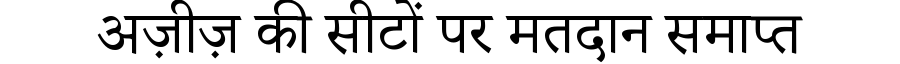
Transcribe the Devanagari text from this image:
अज़ीज़ की सीटों पर मतदान समाप्त